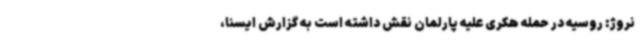
نروژ: روسیه در حمله هکری علیه پارلمان نقش داشته است به گزارش ایسنا،